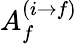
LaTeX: A_{f}^{(i\rightarrow f)}